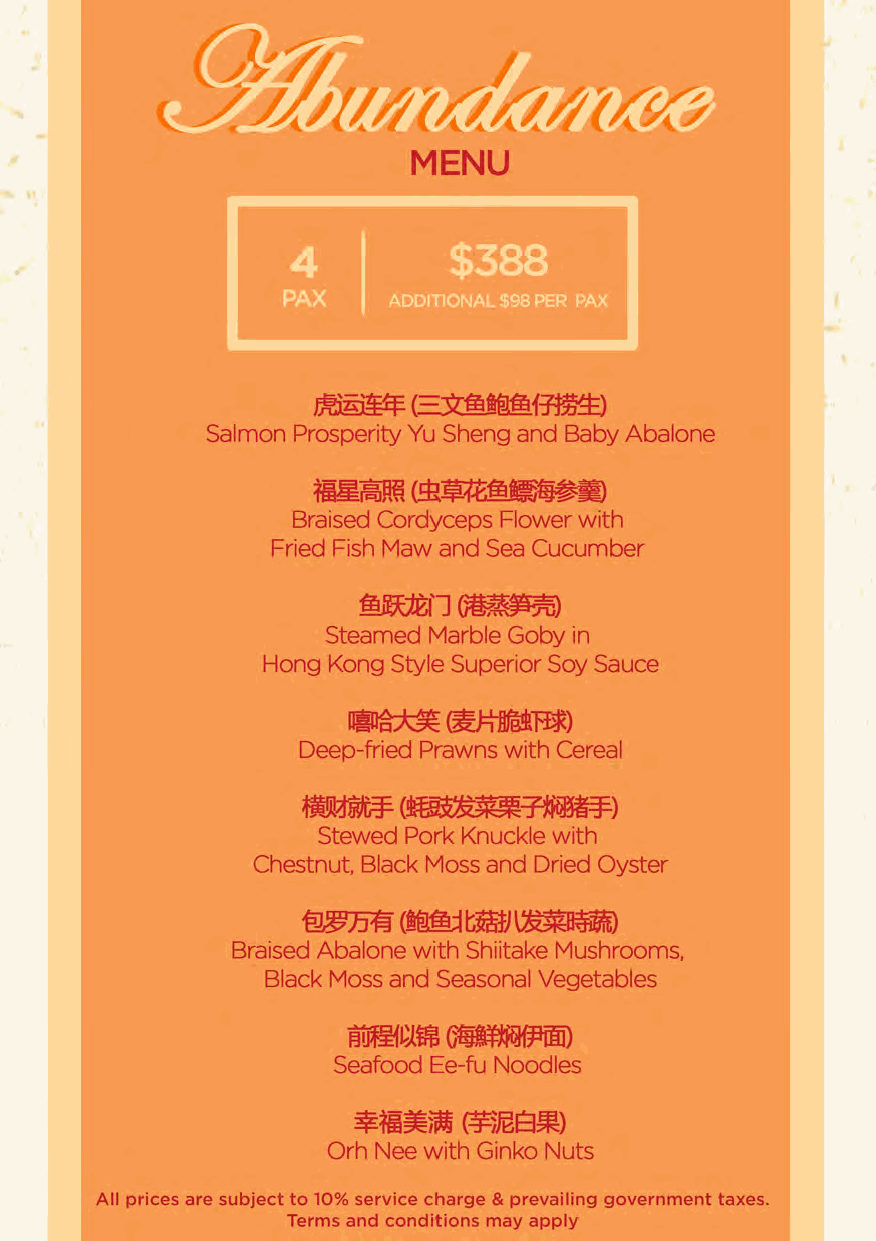
~(~ifilffi.f~
 Salmon Prosperity Yu Sheng and Baby Abalone
 u•
 C9i~:m~~=
 Braised Cordyceps Flower with
 Fried Fish Maw and Sea Cucumber
 ~f100?~
 Steamed Marble Goby in
 Hong Kong Style Superior Soy Sauce
 &Dtfffe!R"fPI<)
 ~
 Deep-fried Prawns with Cereal
 ~(~-:mM=f-)
 Stewed Pork Knuckle with
 Chestnut, Black Moss and Dried Oyster
 ~Jm"(~t®J~
 Braised Abalone with Shiitake Mushrooms,
 Black Moss and Seasonal Vegetables
 mw~~m Gm~
 Seafood Ee-fu Noodles
 ~m~m    C=BJBa~>
 Orh Nee with Ginko Nuts
 All prices are subject to 10% service charge & prevailing government taxes.
 Terms and conditions may apply